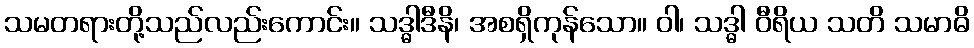
သမတရားတို့သည်လည်းကောင်း။ သဒ္ဓါဒီနိ၊ အစရှိကုန်သော။ ဝါ၊ သဒ္ဓါ ဝီရိယ သတိ သမာဓိ